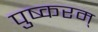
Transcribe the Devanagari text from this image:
पुष्करम्‌